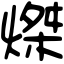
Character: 𤌴